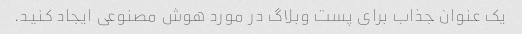
یک عنوان جذاب برای پست وبلاگ در مورد هوش مصنوعی ایجاد کنید.